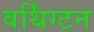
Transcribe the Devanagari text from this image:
वर्थिंग्टन